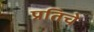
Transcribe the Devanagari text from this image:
प्रतिचे